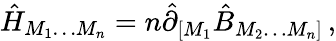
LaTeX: \hat{H}_{M_{1}\ldots M_{n}}=n\hat{\partial}_{[M_{1}}\hat{B}_{M_{2}\ldots M_{n}]}\, ,